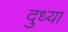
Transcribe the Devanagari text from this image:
दुध्या